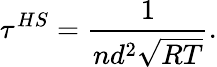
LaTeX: \tau^{HS}=\frac{1}{nd^{2}\sqrt{RT}}.